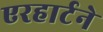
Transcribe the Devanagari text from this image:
एरहार्टने